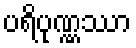
ပရိပုဏ္ဏဿာ